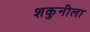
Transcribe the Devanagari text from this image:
शकुनीला